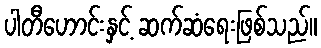
ပါတီဟောင်းနှင့် ဆက်ဆံရေးဖြစ်သည်။